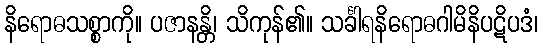
နိရောဓသစ္စာကို။ ပဇာနန္တိ၊ သိကုန်၏။ သင်္ခါရနိရောဓဂါမိနိပဋိပဒံ၊